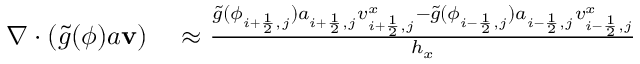
\begin{array} { r l } { \nabla \cdot ( \tilde { g } ( \phi ) a \mathbf { v } ) } & { { } \approx \frac { \tilde { g } ( \phi _ { i + \frac { 1 } { 2 } , j } ) a _ { i + \frac { 1 } { 2 } , j } v _ { i + \frac { 1 } { 2 } , j } ^ { x } - \tilde { g } ( \phi _ { i - \frac { 1 } { 2 } , j } ) a _ { i - \frac { 1 } { 2 } , j } v _ { i - \frac { 1 } { 2 } , j } ^ { x } } { h _ { x } } } \end{array}